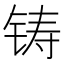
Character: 铸